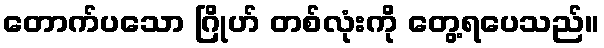
တောက်ပသော ဂြိုဟ် တစ်လုံးကို တွေ့ရပေသည်။